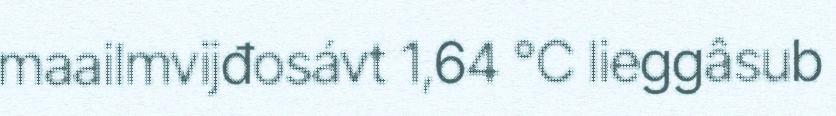
maailmvijđosávt 1,64 °C lieggâsub